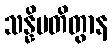
သန္နိပတိတွာန